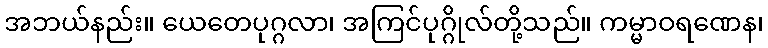
အဘယ်နည်း။ ယေတေပုဂ္ဂလာ၊ အကြင်ပုဂ္ဂိုလ်တို့သည်။ ကမ္မာဝရဏေန၊